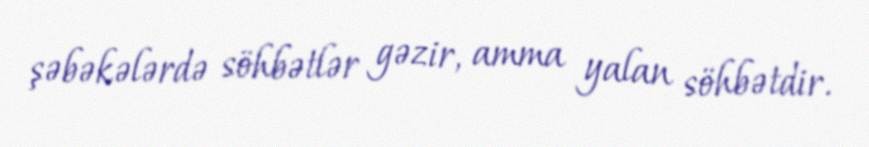
şəbəkələrdə söhbətlər gəzir, amma yalan söhbətdir.